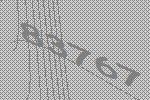
83767